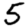
Digit: 5